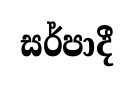
සර්පාදී